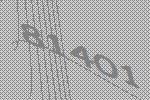
81401